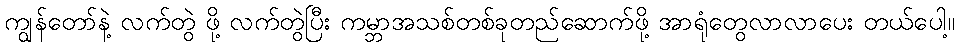
ကျွန်တော်နဲ့ လက်တွဲ ဖို့ လက်တွဲပြီး ကမ္ဘာအသစ်တစ်ခုတည်ဆောက်ဖို့ အာရုံတွေလာလာပေး တယ်ပေါ့။